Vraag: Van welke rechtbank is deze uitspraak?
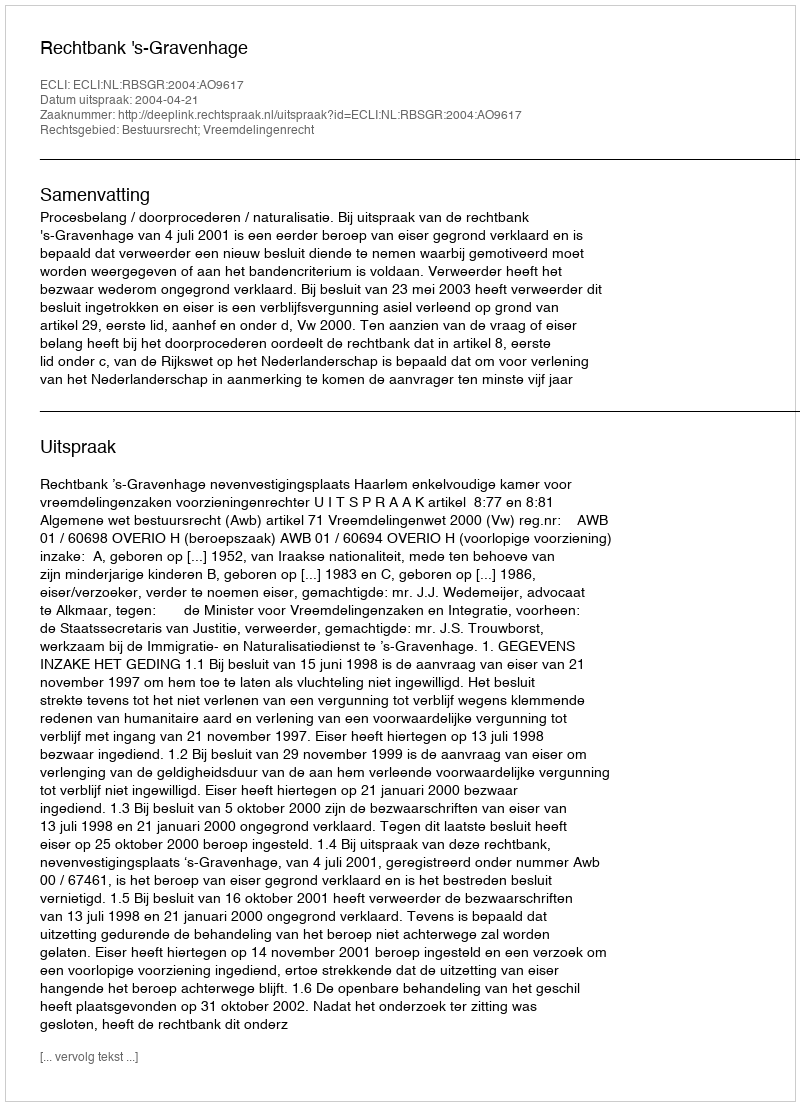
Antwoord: Rechtbank 's-Gravenhage